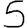
Digit: 5